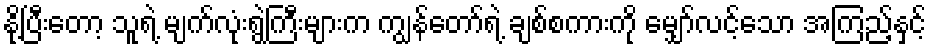
နို့ပြီးတော့ သူရဲ့ မျက်လုံးရွဲကြီးများက ကျွန်တော်ရဲ့ ချစ်စကားကို မျှော်လင့်သော အကြည့်နှင့်